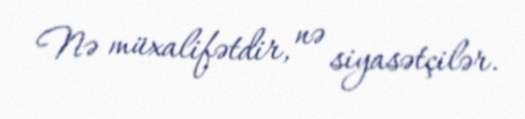
Nə müxalifətdir, nə siyasətçilər.